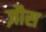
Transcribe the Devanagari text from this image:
ज़ौस